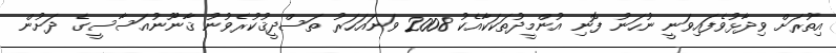
އިތުރަށް ވިދާޅުވެފައިވަނީ ނުހަނު ފޮނި އުންމީދުތަކަކާއެކު 2008 ވަނައަހަރު ތަސްދީޤުކުރެވުނު ޤާނޫނުއަސާސީގެ ދަށުން